Senior Leaving Certificate Examination (including Day School Certificate (Higher) General paper), 1946
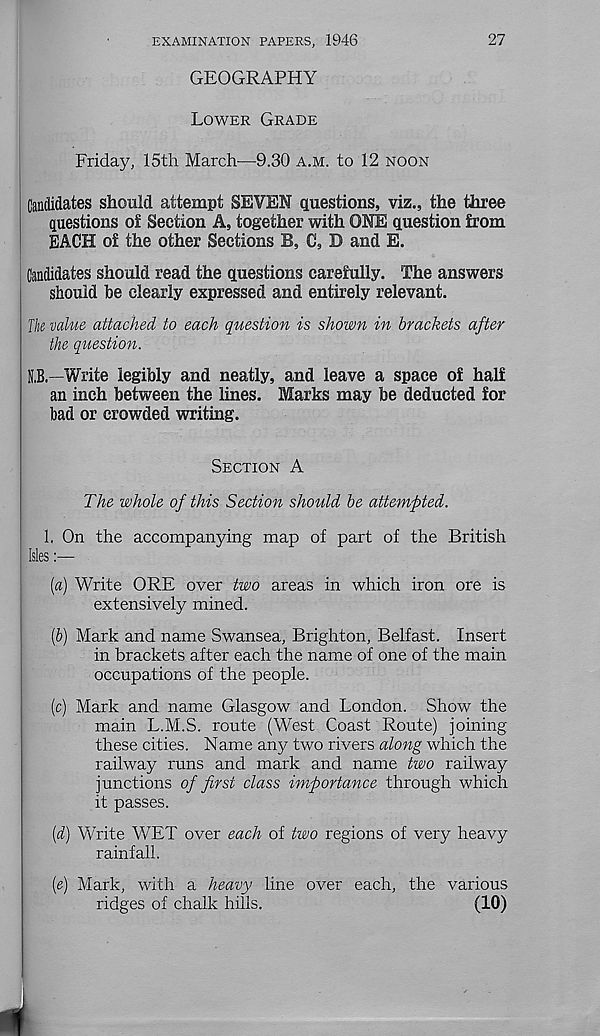
EXAMINATION PAPERS, 1946
27
GEOGRAPHY
LOWER GRADE
Friday, 15th March-—9.30 A.M. to 12 NOON
Candidates should attempt SEVEN questions, viz., the three
questions of Section A, together with ONE question from
EACH of the other Sections 3B, C, D and E.
Candidates should read the questions carefully. The answers
should be clearly expressed and entirely relevant.
Tk value attached to each question is shown in brackets after
the question.
N,B—Write legibly and neatly, and leave a space of half
an inch between the lines. Marks may be deducted for
bad or crowded writing.
SECTION A
The whole of this Section should be attempted.
1, On the accompanying map of part of the British
Isles:—
(а) Write ORE over two areas in which iron ore is
extensively mined.
(б) Mark and name Swansea, Brighton, Belfast. Insert
in brackets after each the name of one of the main
occupations of the people.
[c) Mark and name Glasgow and London. Show the
main L.M.S. route (West Coast Route) joining
these cities. Name any two rivers along which the
railway runs and mark and name two railway
junctions of first class importance through which
it passes.
[d) Write WET over each of two regions of very heavy
rainfall.
[e) Mark, with a heavy line over each, the various
ridges of chalk hills.
(10)